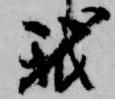
我